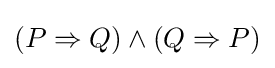
(P\Rightarrow Q)\land (Q\Rightarrow P)